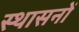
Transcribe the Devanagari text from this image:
स्थासनों